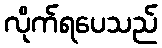
လိုက်ရပေသည်